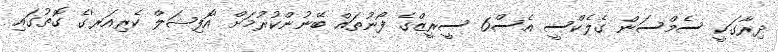
ދިރާގަކީ ސެމްސަން ގެލެކްސީ އެސް6 ސީރީޒްގެ ފޯނުތައް ބޭނުންކުރުމަށް 'އޮފިޝަލް ކެރިއަރ'ގެ ގޮތުގައި